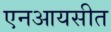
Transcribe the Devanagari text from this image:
एनआयसीत